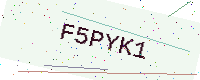
Text: F5PYK1